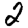
Digit: 2